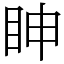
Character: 眒